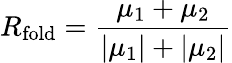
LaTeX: R_{\mathrm{fold}}=\frac{\mu_{1}+\mu_{2}}{|\mu_{1}|+|\mu_{2}|}